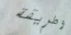
وطريقة